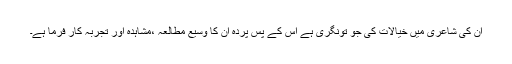
ان کی شاعری میں خیالات کی جو تونگری ہے اس کے پس پردہ ان کا وسیع مطالعہ ،مشاہدہ اور تجربہ کار فرما ہے۔